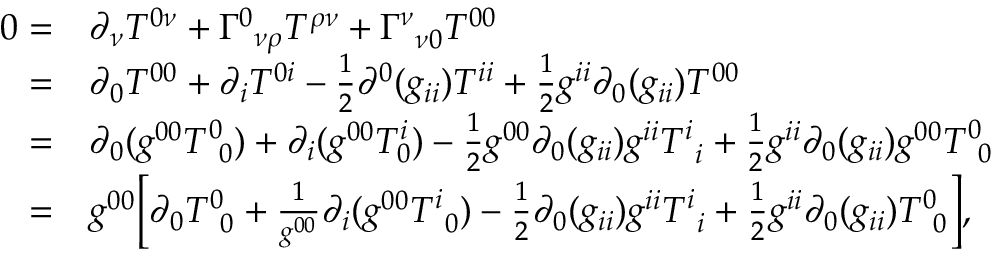
\begin{array} { r l } { 0 = } & { \partial _ { \nu } T ^ { 0 \nu } + \Gamma _ { \, \, \, \nu \rho } ^ { 0 } T ^ { \rho \nu } + \Gamma _ { \, \, \, \nu 0 } ^ { \nu } T ^ { 0 0 } } \\ { = } & { \partial _ { 0 } T ^ { 0 0 } + \partial _ { i } T ^ { 0 i } - \frac { 1 } { 2 } \partial ^ { 0 } ( g _ { i i } ) T ^ { i i } + \frac { 1 } { 2 } g ^ { i i } \partial _ { 0 } ( g _ { i i } ) T ^ { 0 0 } } \\ { = } & { \partial _ { 0 } ( g ^ { 0 0 } T _ { \, \, \, 0 } ^ { 0 } ) + \partial _ { i } ( g ^ { 0 0 } T _ { 0 } ^ { i } ) - \frac { 1 } { 2 } g ^ { 0 0 } \partial _ { 0 } ( g _ { i i } ) g ^ { i i } T _ { \, \, \, i } ^ { i } + \frac { 1 } { 2 } g ^ { i i } \partial _ { 0 } ( g _ { i i } ) g ^ { 0 0 } T _ { \, \, \, 0 } ^ { 0 } } \\ { = } & { g ^ { 0 0 } \bigg [ \partial _ { 0 } T _ { \, \, \, 0 } ^ { 0 } + \frac { 1 } { g ^ { 0 0 } } \partial _ { i } ( g ^ { 0 0 } T _ { \, \, \, 0 } ^ { i } ) - \frac { 1 } { 2 } \partial _ { 0 } ( g _ { i i } ) g ^ { i i } T _ { \, \, \, i } ^ { i } + \frac { 1 } { 2 } g ^ { i i } \partial _ { 0 } ( g _ { i i } ) T _ { \, \, \, 0 } ^ { 0 } \bigg ] , } \end{array}